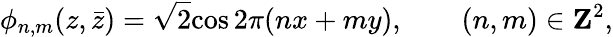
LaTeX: \phi_{n,m}(z,\bar{z})=\sqrt 2\mathrm{cos}\, 2\pi(nx+my),\qquad(n,m)\in{\mathbf Z}^{2},